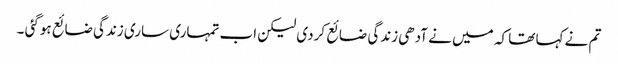
تم نے کہا تھا کہ میں نے آدھی زندگی ضائع کردی لیکن اب تمہاری ساری زندگی ضائع ہوگئی ۔